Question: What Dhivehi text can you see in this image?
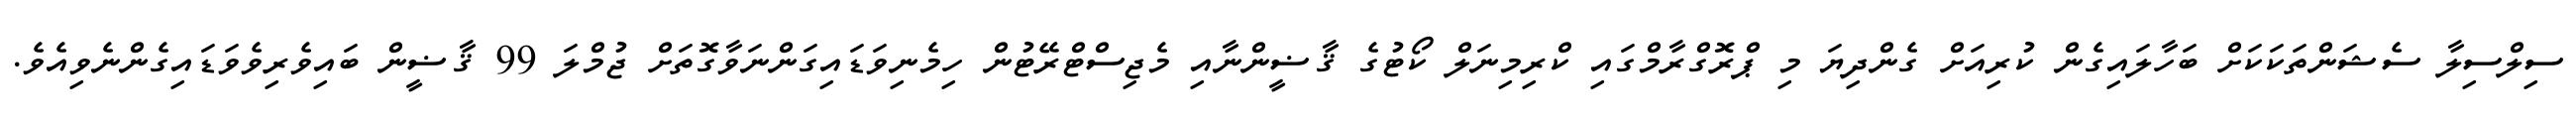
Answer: ސިލްސިލާ ސެޝަންތަކަކަށް ބަހާލައިގެން ކުރިއަށް ގެންދިޔަ މި ޕްރޮގްރާމްގައި ކްރިމިނަލް ކޯޓުގެ ޤާޟީންނާއި މެޖިސްޓްރޭޓުން ހިމެނިވަޑައިގަންނަވާގޮތަށް ޖުމްލަ 99 ޤާޟީން ބައިވެރިވެވަޑައިގެންނެވިއެވެ.